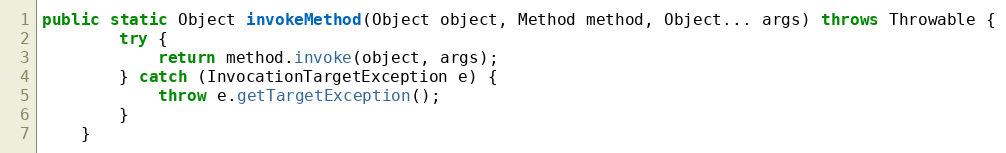
Language: Java
public static Object invokeMethod(Object object, Method method, Object... args) throws Throwable {
        try {
            return method.invoke(object, args);
        } catch (InvocationTargetException e) {
            throw e.getTargetException();
        }
    }